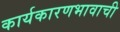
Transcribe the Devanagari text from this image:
कार्यकारणभावाची